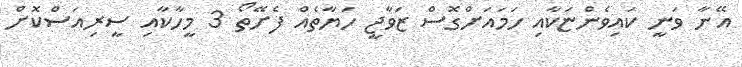
އޭނާ ވަނީ ކައިވެންޏަކާއި ހަމައަށްގޮސް ޒަވާޖީ ހަޔާތެއް ފެށޭތޯ 3 މީހާކާއި ސީރިއަސްކޮށް